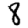
Digit: 8